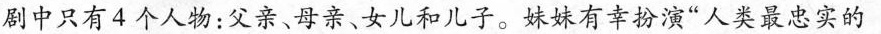
剧中只有4个人物：父亲、母亲、女儿和儿子。妹妹有幸扮演”人类最忠实的